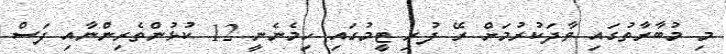
މި މުބާރާތުގައި ވާދަކުރުމަށް ރޭ ފުރި ޓީމުގައި ހިމެނެނީ 12 ކުޅުންތެރިންނާއި ފަސް